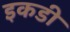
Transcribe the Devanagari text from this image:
इकडी